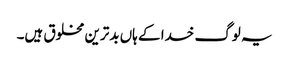
یہ لوگ خدا کے ہاں بدترین مخلوق ہیں۔